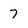
Character: 7